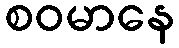
စဝမာနေ